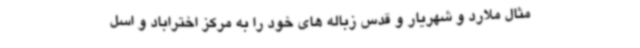
مثال ملارد و شهریار و قدس زباله های خود را به مرکز اختراباد و اسل